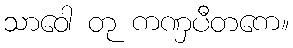
သာဝေါ တု ကဏှပီတကေ။